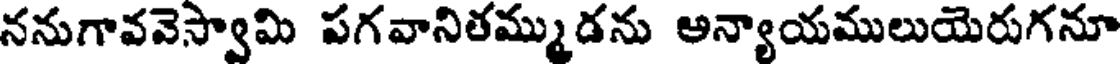
ననుగావవెస్వామి పగవానితమ్ముడను అన్యాయములుయెరుగనూ